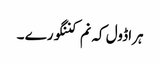
ہراڈول کہ نم کننگورے ۔